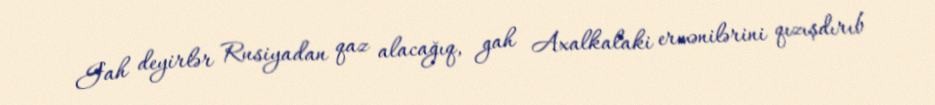
Gah deyirlər Rusiyadan qaz alacağıq, gah Axalkalaki ermənilərini qızışdırıb